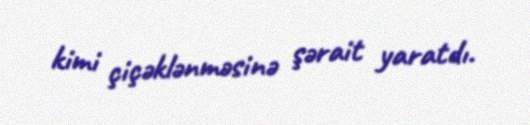
kimi çiçəklənməsinə şərait yaratdı.